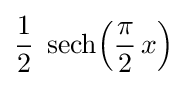
{\frac {1}{2}}\;\operatorname {sech} \!\left({\frac {\pi }{2}}\,x\right)\!